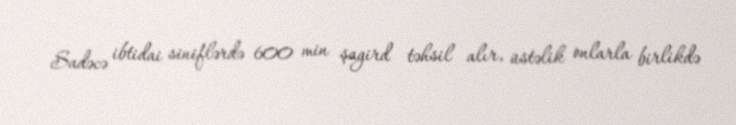
Sadəcə ibtidai siniflərdə 600 min şagird təhsil alır, üstəlik onlarla birlikdə